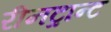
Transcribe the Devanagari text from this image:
रीनट्रान्ट